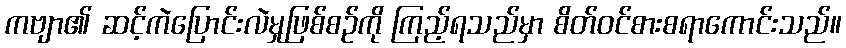
ကဗျာ၏ ဆင့်ကဲပြောင်းလဲမှုဖြစ်စဉ်ကို ကြည့်ရသည်မှာ စိတ်ဝင်စားစရာကောင်းသည်။